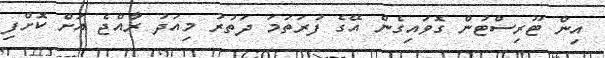
އިން ޓޫރިސްޓުން ގޮވައިގެން އޭގެ ފުރަތަމަ ދަތުރު މިއަދު ރާއްޖެ އަށް ކޮށްފި